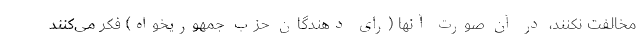
مخالفت نکنند، در آن صورت آنها (رای دهندگان حزب جمهوریخواه) فکر می‌کنند